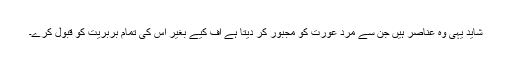
شاید یہی وہ عناصر ہیں جن سے مرد عورت کو مجبور کر دیتا ہے اف کیے بغیر اس کی تمام بربریت کو قبول کرے۔